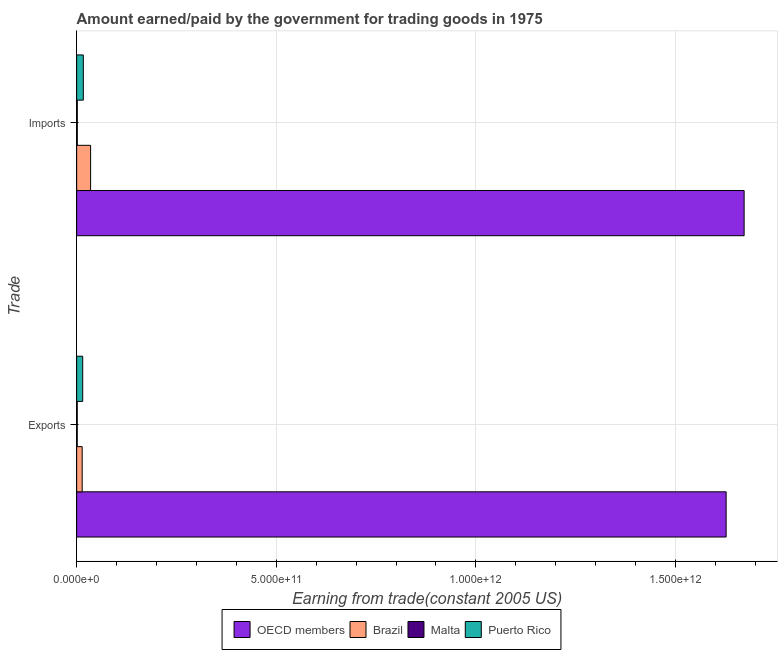
| Trade | OECD members | Brazil | Malta | Puerto Rico |
 | --- | --- | --- | --- | --- |
 | Exports | 1.63e+12 | 1.38e+10 | 1.4e+09 | 1.51e+10 |
 | Imports | 1.67e+12 | 3.49e+10 | 1.56e+09 | 1.67e+10 |